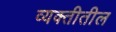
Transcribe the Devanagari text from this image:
व्यक्तीतील